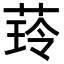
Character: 𦴿